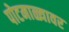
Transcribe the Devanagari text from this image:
पोटमाळ्यावर